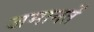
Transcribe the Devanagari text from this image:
जमानतें